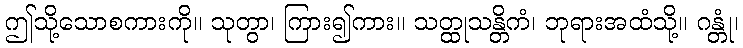
ဤသို့သောစကားကို။ သုတွာ၊ ကြား၍ကား။ သတ္ထုသန္တိကံ၊ ဘုရားအထံသို့။ ဂန္တုံ၊